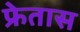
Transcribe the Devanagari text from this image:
फ्रेतास